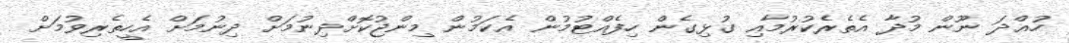
ހުއްދަ ނޫން މުދާ އެތެރެކުރުމާއި ގުޅިގެން ހިފެއްޓުމުން އެކަމުން މިންޖުކޮށްދިނުމަށް ދިނުމަށް އެހީތެރިވުމަށް